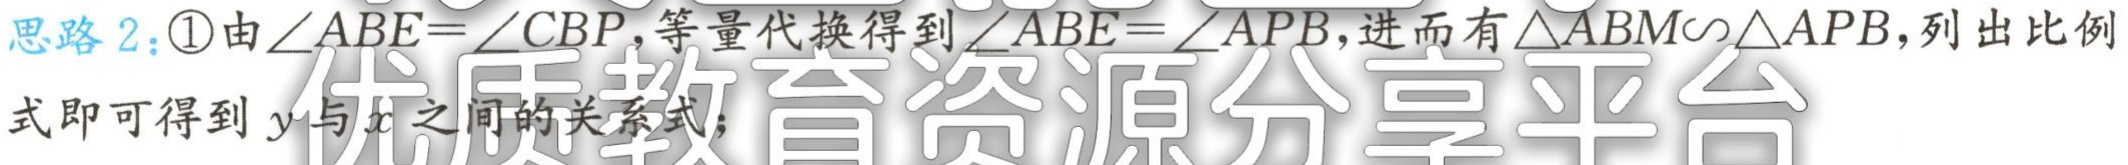
思路 2：\textcircled{1}由\(\angle ABE = \angle CBP\)，等量代换得到\(\angle ABE=\angle APB\)，进而有\(\triangle ABM\sim\triangle APB\)，列出比例式即可得到 \(y\)与\(x\)之间的关系式；